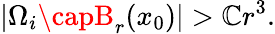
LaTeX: |\Omega_{i}\capB_{r}(x_{0})|>\mathbb{C}r^{3}.